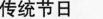
传统节日